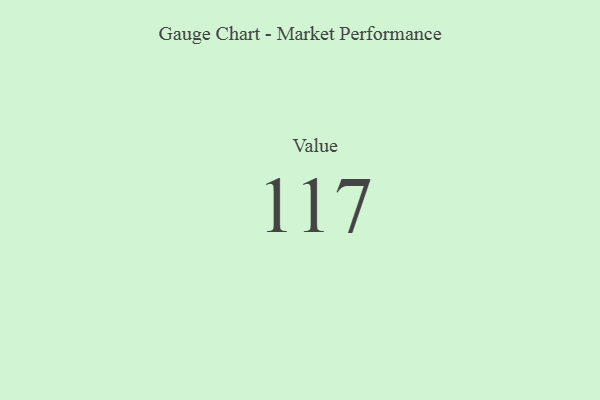
{"axis": {"x": "Metric", "y": "Value"}, "legend": [""], "data": [{"x": "Value", "y": 117, "type": ""}]}